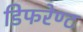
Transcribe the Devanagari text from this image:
डिफरेण्ट